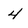
Character: 4